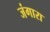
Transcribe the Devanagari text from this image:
जंगारा